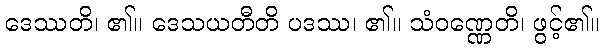
ဒေဿတိ၊ ၏။ ဒေသယတီတိ ပဒဿ၊ ၏။ သံဝဏ္ဏေတိ၊ ဖွင့်၏။